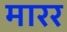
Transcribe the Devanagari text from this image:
मारर